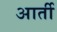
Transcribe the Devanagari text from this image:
आर्ती